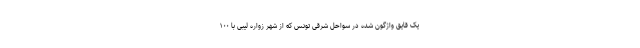
یک قایق واژگون شده در سواحل شرقی تونس که از شهر زواره لیبی با ۱۰۰